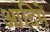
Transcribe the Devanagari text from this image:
आदिमें